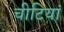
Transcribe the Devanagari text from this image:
चीटियां